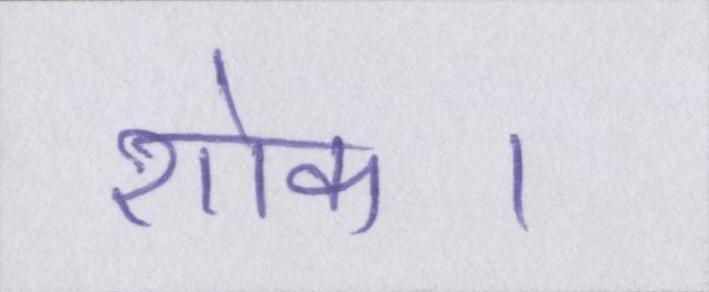
शोक।